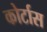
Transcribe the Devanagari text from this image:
कोर्टास